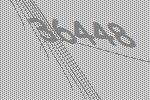
36448